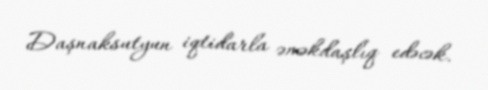
Daşnaksutyun iqtidarla əməkdaşlıq edəcək.